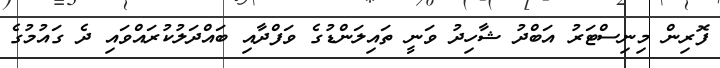
ފޮރިން މިނިސްޓަރު އަބްދު ޝާހިދު ވަނީ ތައިލަންޑުގެ ވަފްދާއި ބައްދަލުކުރައްވައި ދެ ގައުމުގެ